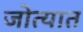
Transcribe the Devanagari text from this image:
जोत्यात